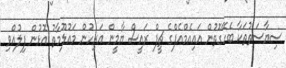
ސިޔާސަތުތަކާ ބެހޭގޮތުން އައިއެމްއެފްގެ ޗީފް ރައީސް ޔާމީން އަރިހުން މައުލޫމާތު އޮޅުން ފިލުއްވި